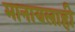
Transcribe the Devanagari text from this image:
मानायलाही